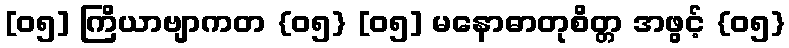
[၀၅] ကြိယာဗျာကတ {၀၅} [၀၅] မနောဓာတုစိတ္တ အဖွင့် {၀၅}